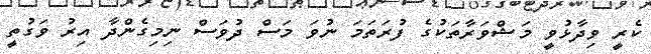
ކެރީ ވިދާޅުވީ މަޝްވަރާތަކުގެ ފުރަތަމަ ނުވަ މަސް ދުވަސް ނިމިގެންދާ އިރު ވަގުތީ